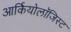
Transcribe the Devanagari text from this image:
आर्कियोलाॅजिस्ट